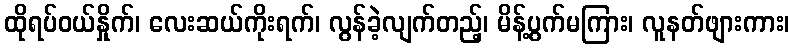
ထိုရပ်ဝယ်နှိုက်၊ လေးဆယ်ကိုးရက်၊ လွန်ခဲ့လျက်တည့်၊ မိန့်ပွက်မကြား၊ လူနတ်ဖျားကား၊